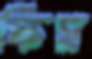
স্কিম